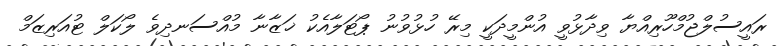
ރައީސުލްޖުމްހޫރިއްޔާ ވިދާޅުވީ އުންމީދަކީ މިރޭ ހުޅުވުނު ޕޯޓަލާއެކު ޚަޒާނާ މުއްސަނދިވެ ލޯކަލް ޓުއަރިޒަމް